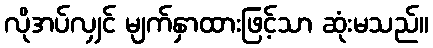
လိုအပ်လျှင် မျက်နှာထားဖြင့်သာ ဆုံးမသည်။